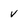
Character: v